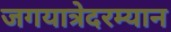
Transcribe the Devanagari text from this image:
जगयात्रेदरम्यान